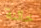
خائنة